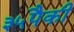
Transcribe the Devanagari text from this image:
३५पैकी